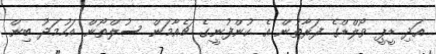
އަދި ޑީޕީ ވޯލްޑްގެ ފަރާތުން އެ ކުންފުނީގެ ޗެއާމަން ސުލްތޯން އަހުމަދު ބިން